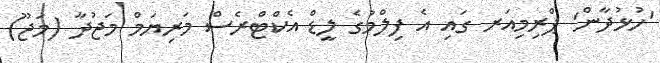
'ހުޅުދާން' ޕްރިމިއަރ ގައި އެ ފިލްމުގެ ލީޑް އެކްޓްރެސް މަރިޔަމް މަޖުދާ (މަޖޫ)